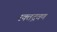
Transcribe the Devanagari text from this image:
रक्तद्रवण